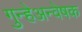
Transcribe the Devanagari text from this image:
गुन्हेअन्वेषक